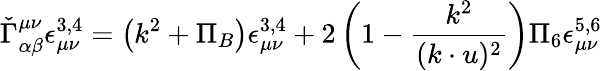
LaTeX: \check{\Gamma}_{\alpha\beta}^{\mu\nu}\epsilon_{\mu\nu}^{3,4}=\left(k^{2}+\Pi_{B}\right)\epsilon_{\mu\nu}^{3,4}+2\left(1-\frac{k^{2}}{(k\cdot u)^{2}}\right)\Pi_{6}\epsilon_{\mu\nu}^{5,6}